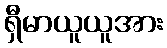
ရှီမာယူယူအား